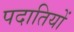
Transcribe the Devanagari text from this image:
पदातियों